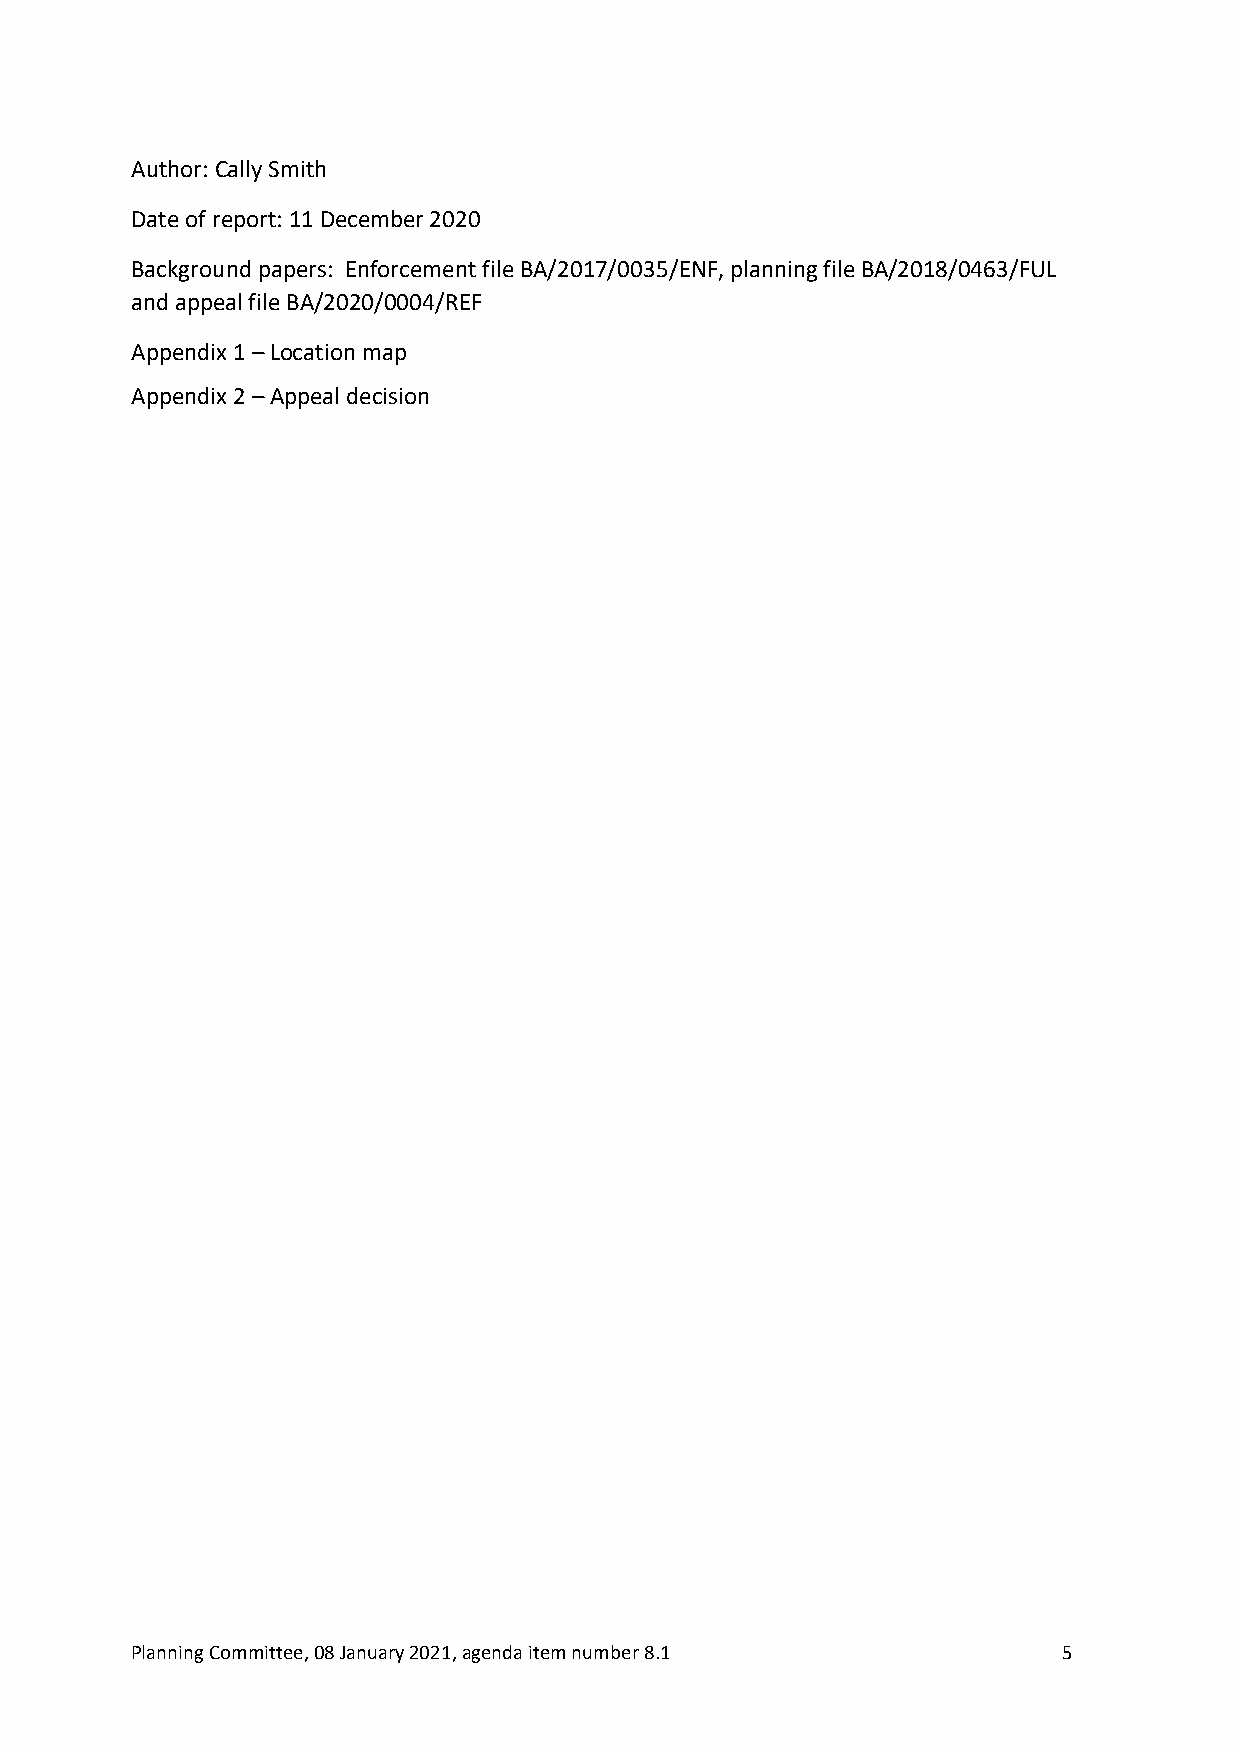
Author: Cally Smith
 Date of report: 11 December 2020
 Background papers: Enforcement file BA/2017/0035/ENF, planning file BA/2018/0463/FUL
 and appeal file BA/2020/0004/REF
 Appendix 1 – Location map
 Appendix 2 – Appeal decision
 Planning Committee, 08 January 2021, agenda item number 8.1  5